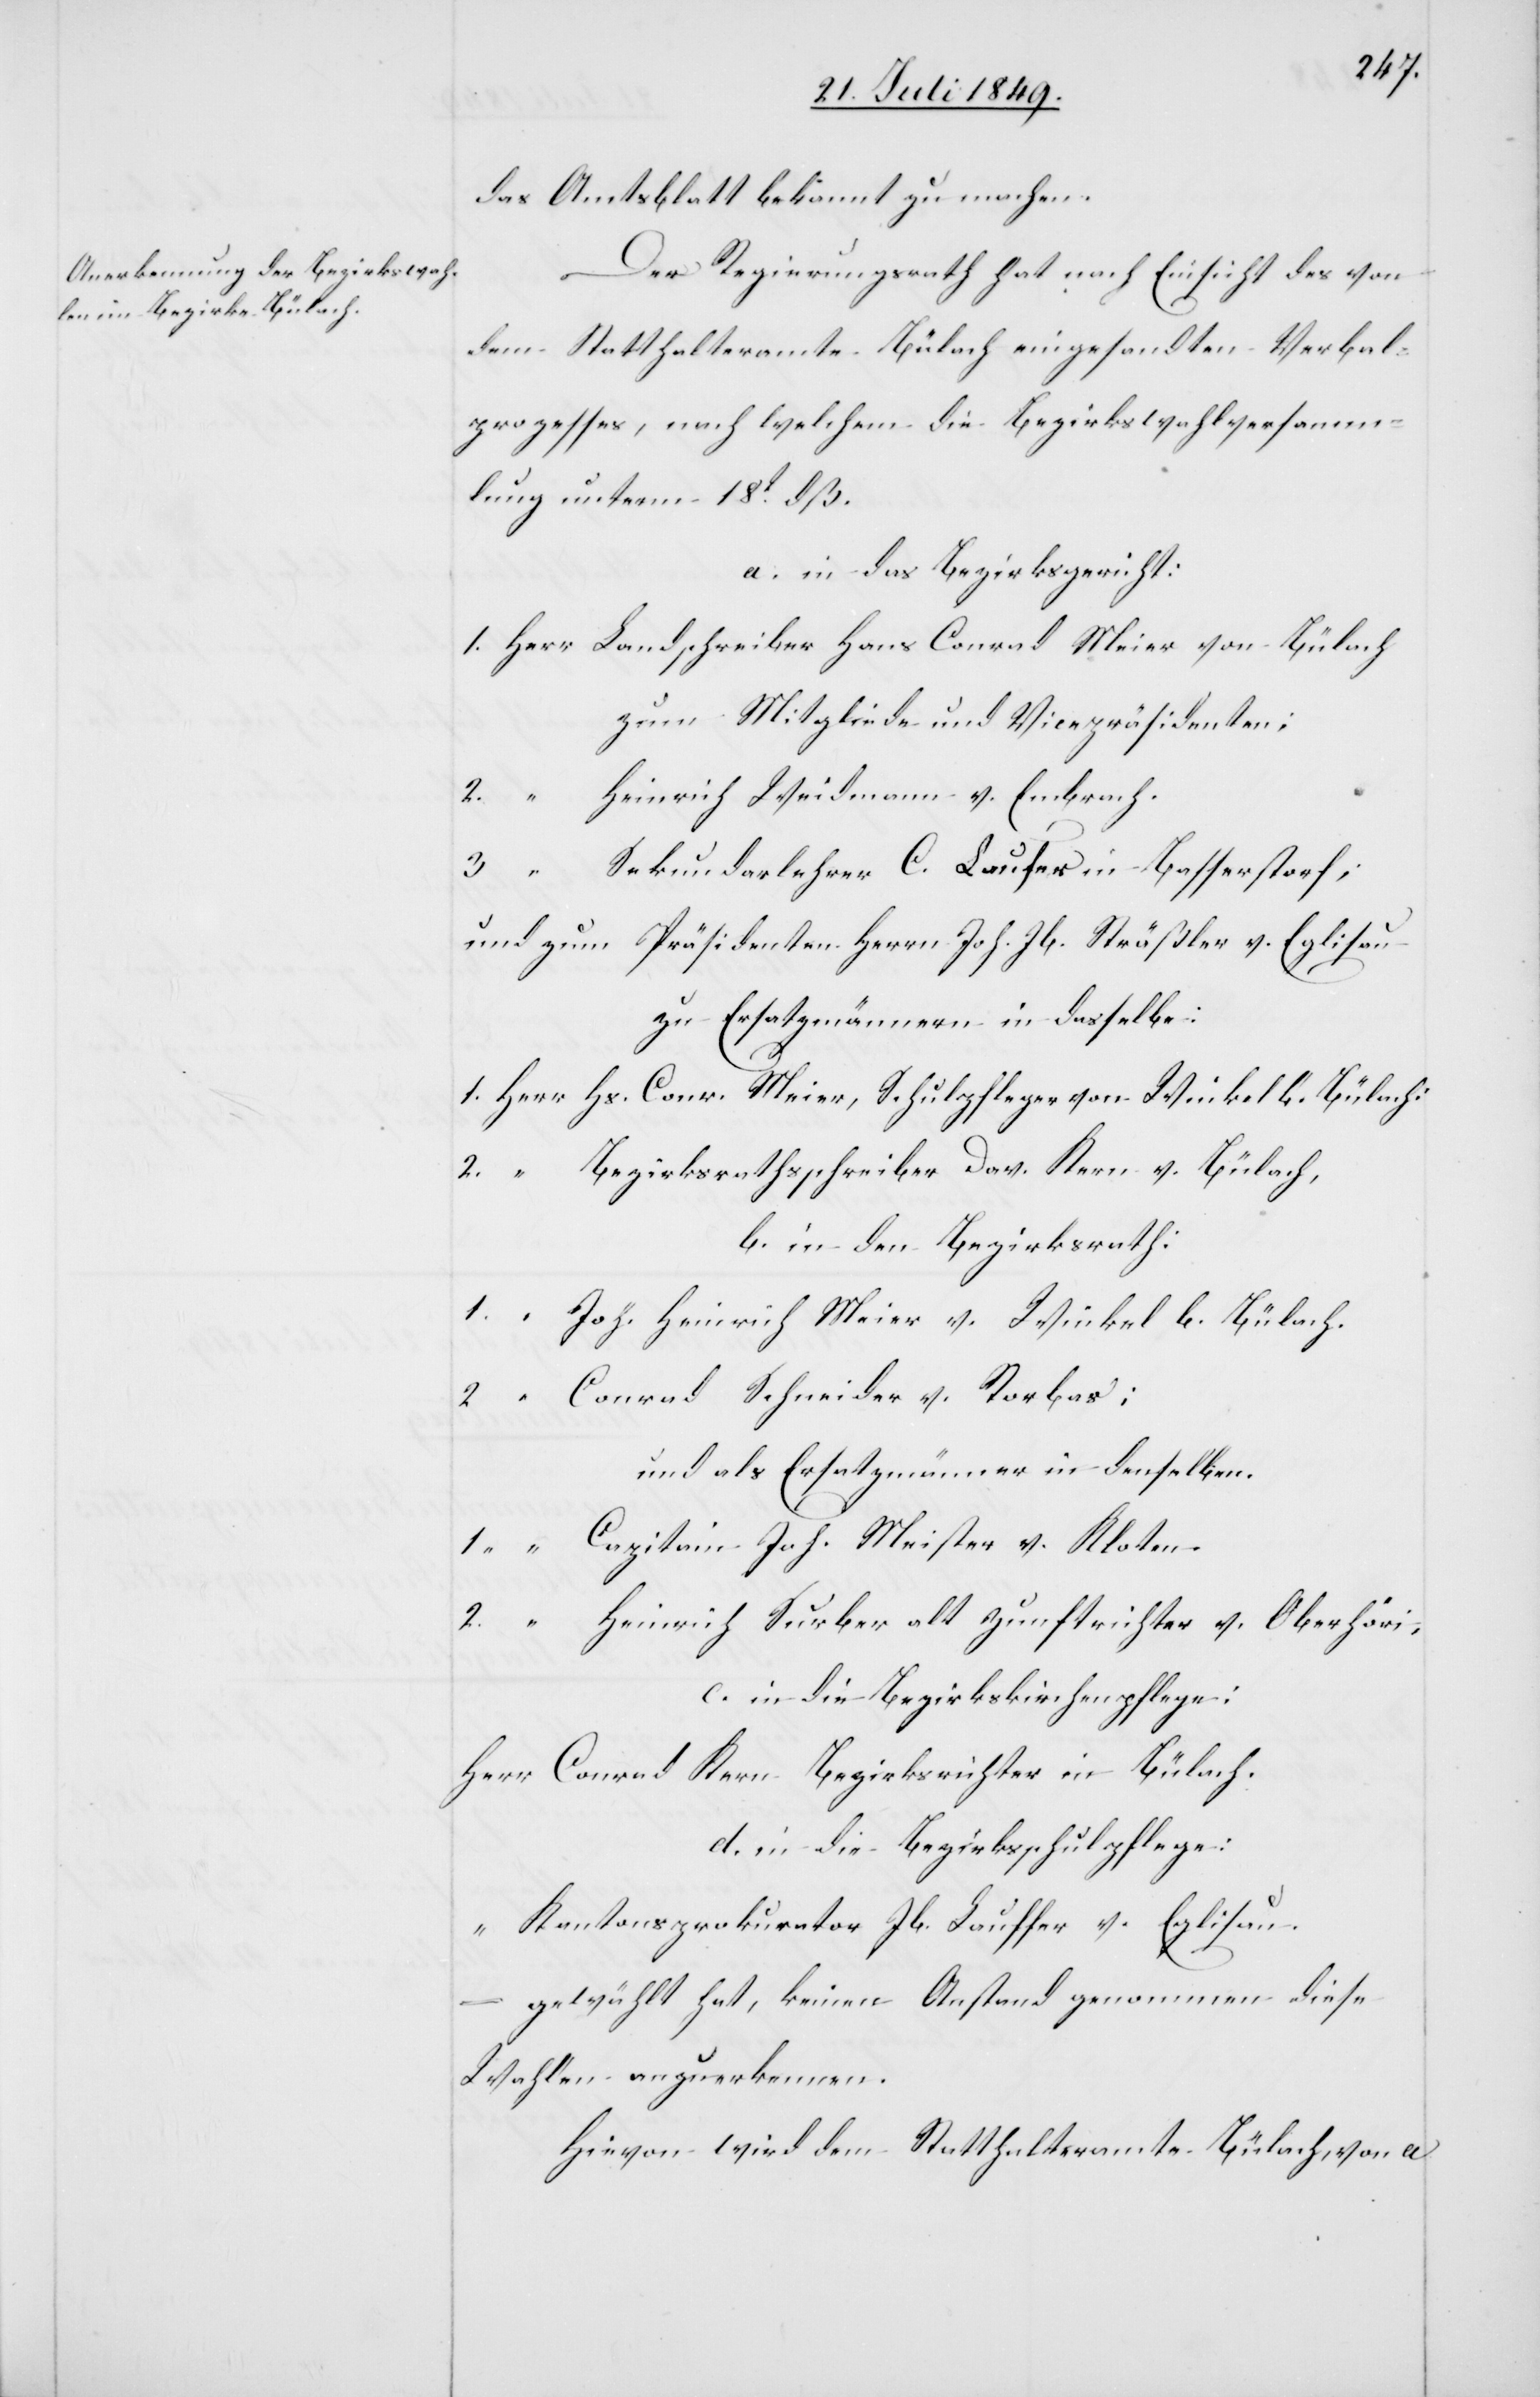
Der Regierungsrath hat nach Einsicht des von
dem Statthalteramte Bülach eingesandten Verbal¬
prozesses, nach welchem die Bezirkswahlversamm¬
lung unterm 18t dß.
a. in das Bezirksgericht:
1.	Herr	Landschreiber Hans Conrad Meier von Bülach
zum Mitgliede und Vicepräsidenten;
einrich Weidmann v. Embrach.
2.		“	H¬
3.		“	S¬
ekundarlehrer C. Laufer in Basserstorf;
und zum Präsidenten Herrn Joh. Jb. Sträßler v. Eglisau
zu Ersatzmänner in dasselbe:
1.	Herr	Hs. Conr. Meier, Schulpflege von Winkel b. Bülach:
2.		“	Bezirksrathsschreiber Dav. Kern v. Bülach,
b. in den Bezirksrath:
1.		“	Joh. Heinrich Meier v. Winkel b. Bülach.
2.		“	Conrad Schneider v. Rorbas;
und als Ersatzmänner in denselben.
1.		“	Capitain Joh. Meister v. Kloten.
2.		“	Heinrich Surber alt Zunftrichter v. Oberhöri,
c. in die Bezirkskirchenpflege:
Herr	Conrad Kern Bezirksrichter in Bülach.
d. in die Bezirksschulpflege:
“	Kantonsprokurator Jb. Lauffer v. Eglisau.
gewählt hat, keinen Anstand genommen diese
Wahlen anzuerkennen.
Hievon wird dem Statthalteramte Bülach, von a